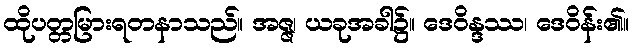
ထိုပတ္တမြားရတနာသည်။ အဇ္ဇ၊ ယခုအခါ၌။ ဒေဝိန္ဒဿ၊ ဒေဝိန်း၏။